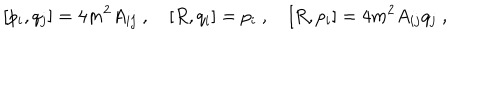
[ p _ { i } , q _ { j } ] = 4 m ^ { 2 } A _ { i j } \ , \quad [ R , q _ { i } ] = p _ { i } \ , \quad [ R , p _ { i } ] = 4 m ^ { 2 } A _ { i j } q _ { j } \ ,